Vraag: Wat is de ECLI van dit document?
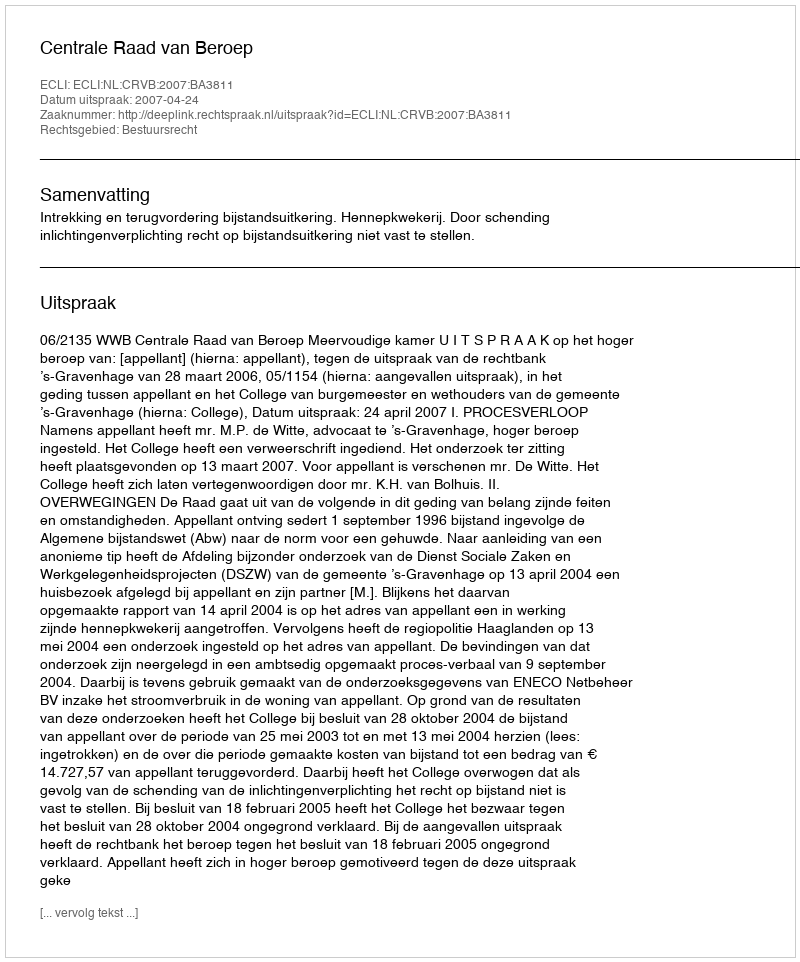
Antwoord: ECLI:NL:CRVB:2007:BA3811